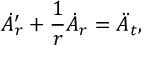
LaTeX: \dot { A } _ { r } ^ { \prime } + { \frac { 1 } { r } } \dot { A } _ { r } = \ddot { A } _ { t } ,